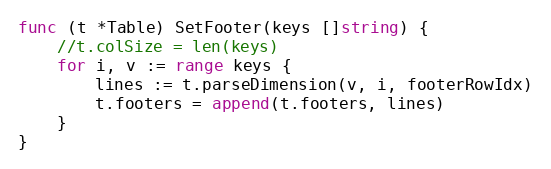
Language: Go
func (t *Table) SetFooter(keys []string) {
	//t.colSize = len(keys)
	for i, v := range keys {
		lines := t.parseDimension(v, i, footerRowIdx)
		t.footers = append(t.footers, lines)
	}
}